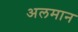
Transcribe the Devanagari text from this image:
अलमान